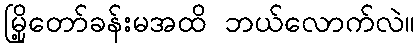
မြို့တော်ခန်းမအထိ ဘယ်လောက်လဲ။